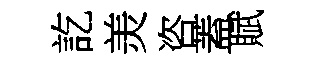
訖羙咨蓋賦